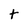
Character: t